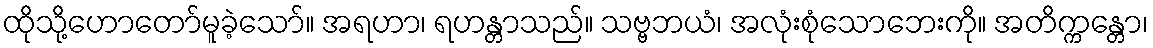
ထိုသို့ဟောတော်မူခဲ့သော်။ အရဟာ၊ ရဟန္တာသည်။ သဗ္ဗဘယံ၊ အလုံးစုံသောဘေးကို။ အတိက္ကန္တော၊